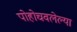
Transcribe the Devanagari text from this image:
पोहोचवलेल्या